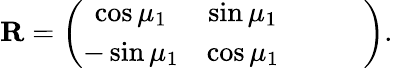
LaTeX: \mathbf{R}=\left(\begin{array}{ccccc}{\cos\mu_{1}}&{\sin\mu_{1}}&{}&{}&{}\\ {-\sin\mu_{1}}&{\cos\mu_{1}}&{}&{}&{}\end{array}\right).